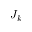
J _ { k }